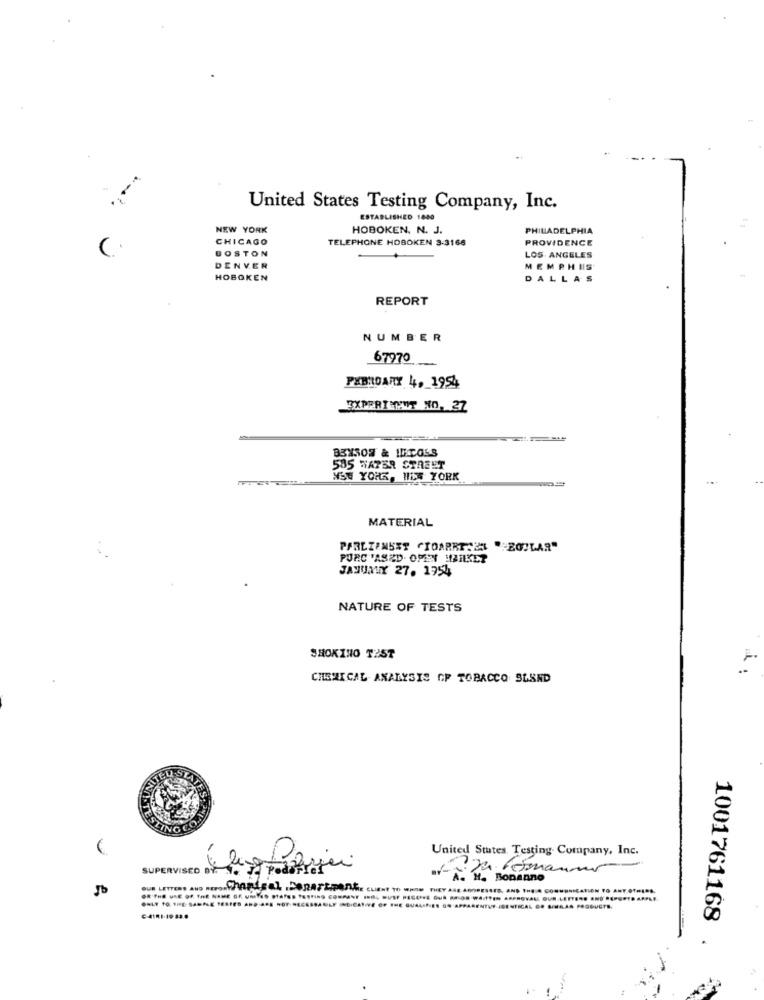
United States Testing Company, Inc.
ESTABLISHED 1800
NEW YORK
HOBOKEN, N. J.
PHILADELPHIA
CHICAGO
TELEPHONE HOBOKEN 3-3166
PROVIDENCE
C.
DOSTON
LOS ANGELES
DENVER
MEMPHIS
HOBOKEN
DALLAS
REPORT
NUMBER
67970
PEBROARY 4, 1954
3XPERIMENT NO. 27
83X502 & 142065
585 WATER STREET
MSN YORK, HIS YORK
MATERIAL
PARLIANSET "TOARRT"E "ZOCLAR"
PURC 'ASED OPEN HEIKET
JANUMUY 27. 1954
NATURE OF TESTS
SHOKINO TEST
CHEMICAL ANALYSIS OP TOBACCO SLAND
MITED STATE
SZIN
United States. Testing. Company, Inc.
SUPERVISED
Ju Reimann
BF-A. H. Bonanno
5b
C-AIR1-19 33.
1001761168